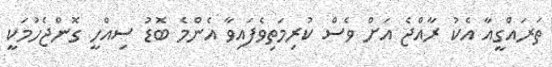
ތަރައްގީއާ އެކު ރާއްޖެ އަށް ވެސް ކުރިމަތިވެފައިވާ އެންމެ ބޮޑު ސިއްހީ ގޮންޖެހުމަކީ